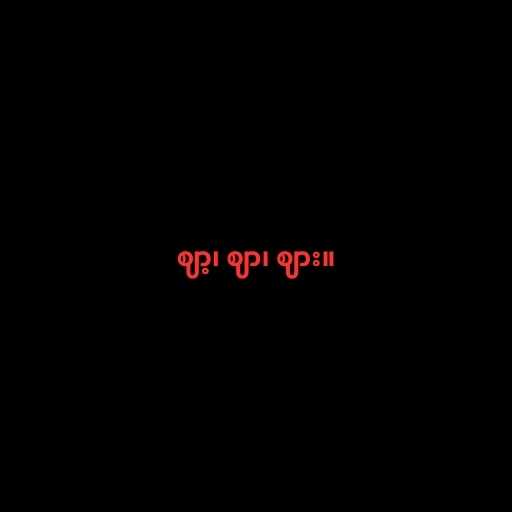
ဈာ့၊ ဈာ၊ ဈား။